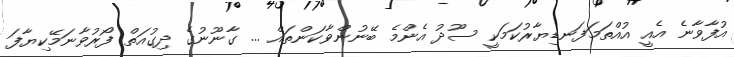
އުފާވާނެ އެއީ އުއްތަމަފަނޑިޔާރުކަމަކީ ސޫދު އެންމެ ބޭނުންވާކަންތައް ... ގާނޫނުގެ ދިގުއަތް ފޯރުވާނަމޭކިޔާފަ